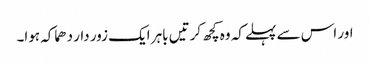
اور اس سے پہلے کہ وہ کچھ کرتیں باہر ایک زور دار دھماکہ ہوا۔